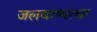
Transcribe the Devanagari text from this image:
जलबाष्पाचा